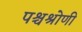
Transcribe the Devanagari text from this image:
पश्चश्रोणी